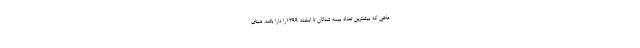
ماهی که بیشترین تعداد بیمه شدگان تا اسفند ۱۳۹۹را دارا باشد، مبنای